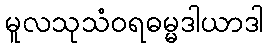
မူလသုသံဝရဓမ္မဒါယာဒါ